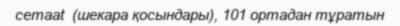
cemaat  (шекара қосындары), 101 ортадан тұратын